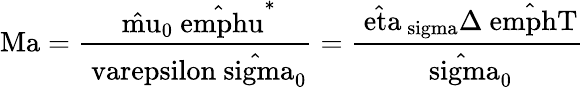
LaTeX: \mathrm{Ma=\frac{\hat{\ mu}_{0}\hat{\ emph{u}}^{*}}{\ varepsilon\hat{\ sigma}_{0}}=\frac{\hat{\ eta}_{\ sigma}\Delta\hat{\ emph{T}}}{\hat{\ sigma}_{0}}}